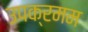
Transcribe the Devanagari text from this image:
उपक्रमम